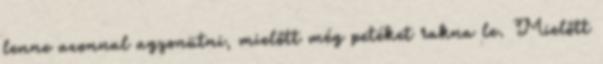
lenne azonnal agyonütni, mielőtt még petéket rakna le. Mielőtt